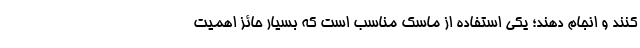
کنند و انجام دهند؛ یکی استفاده از ماسک مناسب است که بسیار حائز اهمیت